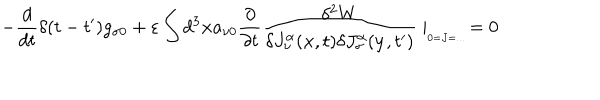
- \frac { d } { d t } \delta ( t - t ^ { \prime } ) g _ { \sigma 0 } + \varepsilon \int d ^ { 3 } \mathbf { x } a _ { \nu 0 } \frac { \partial } { \partial t } \frac { \delta ^ { 2 } W } { \delta J _ { \nu } ^ { \alpha } ( \mathbf { x } , t ) \delta J _ { \sigma } ^ { \alpha } ( \mathbf { y } , t ^ { \prime } ) } \mid _ { _ { _ { 0 = J = . . . } } } = 0